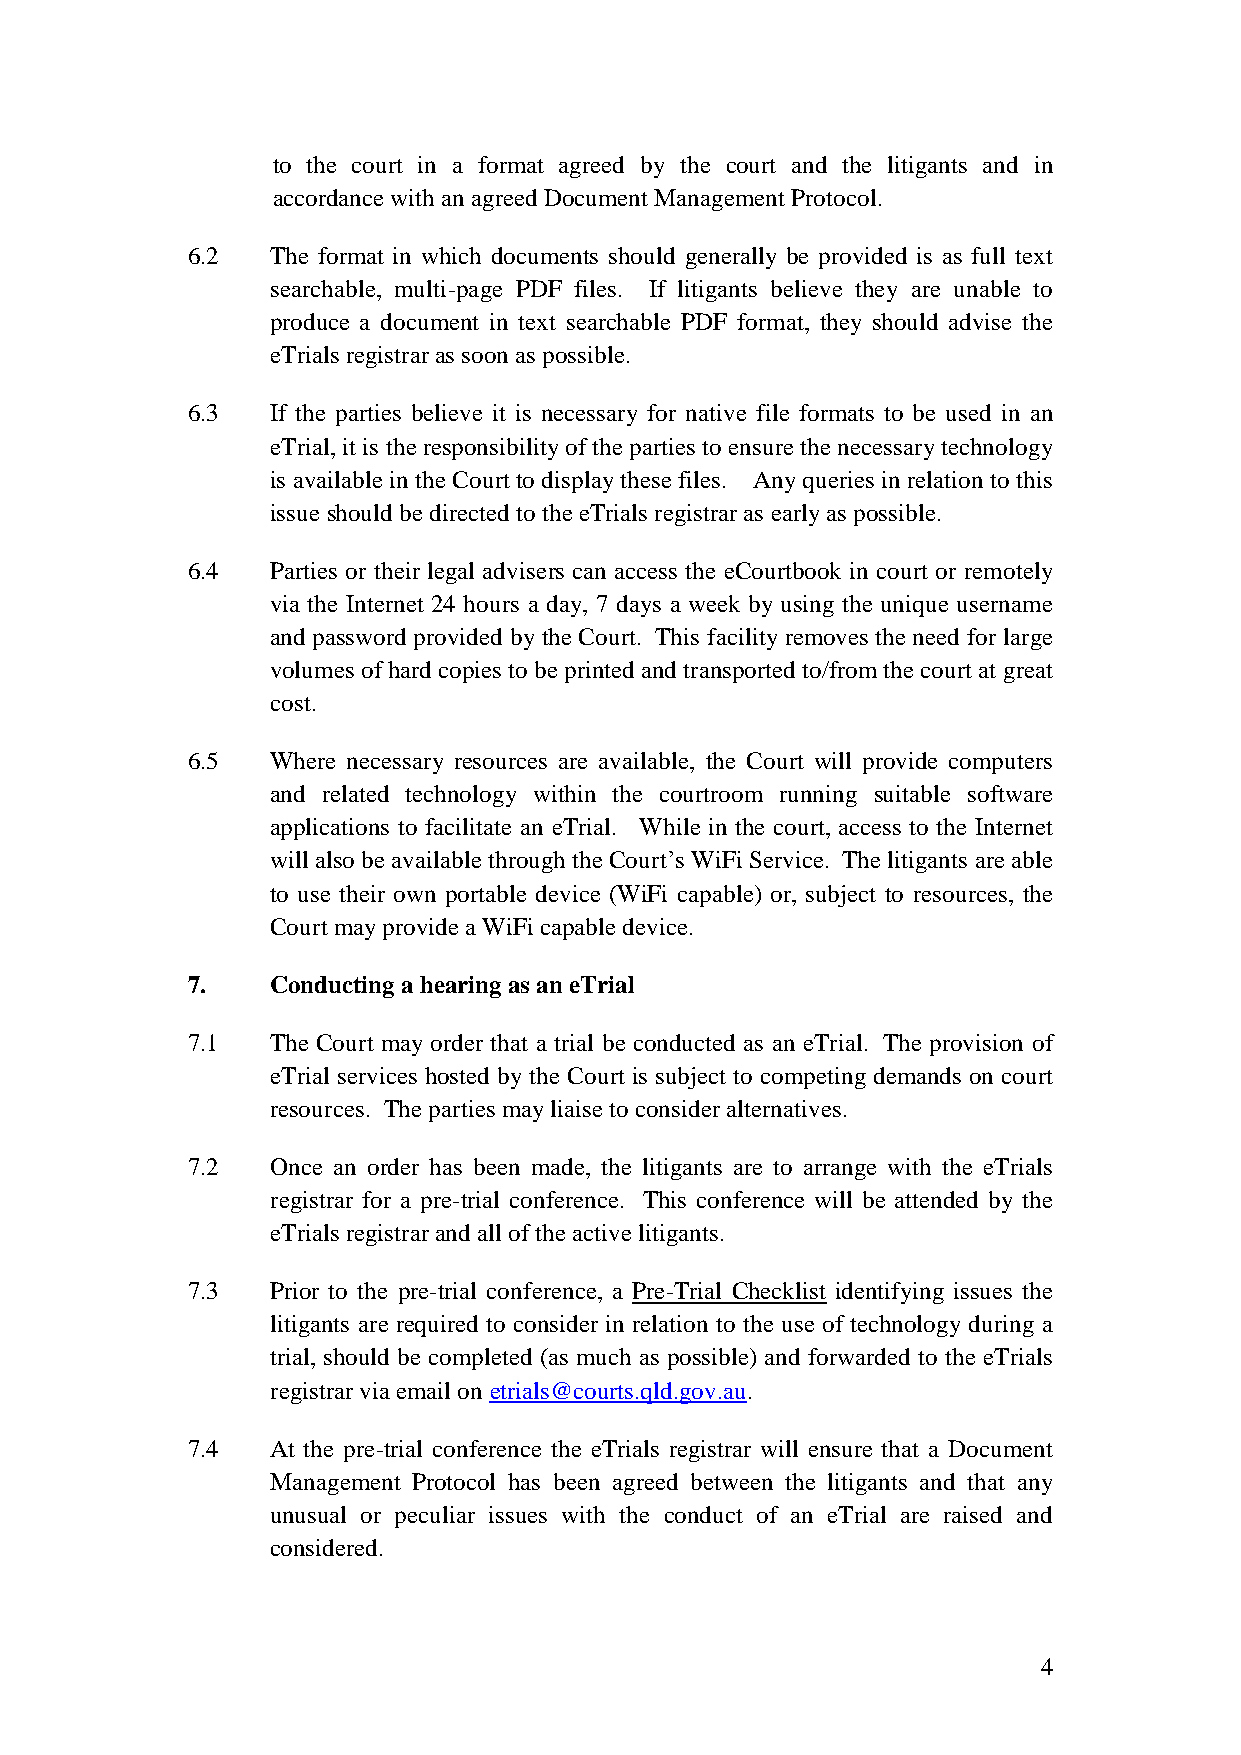
to the court in a format agreed by the court and the litigants and in
 accordance with an agreed Document Management Protocol.
 6.2   The format in which documents should generally be provided is as full text
 searchable, multi-page PDF files. If litigants believe they are unable to
 produce a document in text searchable PDF format, they should advise the
 eTrials registrar as soon as possible.
 6.3   If the parties believe it is necessary for native file formats to be used in an
 eTrial, it is the responsibility of the parties to ensure the necessary technology
 is available in the Court to display these files. Any queries in relation to this
 issue should be directed to the eTrials registrar as early as possible.
 6.4   Parties or their legal advisers can access the eCourtbook in court or remotely
 via the Internet 24 hours a day, 7 days a week by using the unique username
 and password provided by the Court. This facility removes the need for large
 volumes of hard copies to be printed and transported to/from the court at great
 cost.
 6.5   Where necessary resources are available, the Court will provide computers
 and related technology within the courtroom running suitable software
 applications to facilitate an eTrial. While in the court, access to the Internet
 will also be available through the Court’s WiFi Service. The litigants are able
 to use their own portable device (WiFi capable) or, subject to resources, the
 Court may provide a WiFi capable device.
 7.    Conducting a hearing as an eTrial
 7.1   The Court may order that a trial be conducted as an eTrial. The provision of
 eTrial services hosted by the Court is subject to competing demands on court
 resources. The parties may liaise to consider alternatives.
 7.2   Once an order has been made, the litigants are to arrange with the eTrials
 registrar for a pre-trial conference. This conference will be attended by the
 eTrials registrar and all of the active litigants.
 7.3   Prior to the pre-trial conference, a Pre-Trial Checklist identifying issues the
 litigants are required to consider in relation to the use of technology during a
 trial, should be completed (as much as possible) and forwarded to the eTrials
 registrar via email on etrials@courts.qld.gov.au.
 7.4   At the pre-trial conference the eTrials registrar will ensure that a Document
 Management Protocol has been agreed between the litigants and that any
 unusual or peculiar issues with the conduct of an eTrial are raised and
 considered.
 4